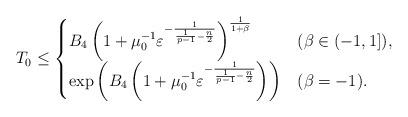
LaTeX: \begin{align*}T_0 \le\begin{cases}B_4 \left(1+ \mu_0^{-1} \varepsilon^{-\frac{1}{\frac{1}{p-1}-\frac{n}{2}}}\right)^{\frac{1}{1+\beta}}&(\beta \in (-1,1]),\\\exp \left( B_4\left( 1+ \mu_0^{-1} \varepsilon^{-\frac{1}{\frac{1}{p-1}-\frac{n}{2}}} \right)\right)&(\beta = -1).\end{cases}\end{align*}